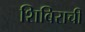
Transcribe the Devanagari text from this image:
शिबिराची